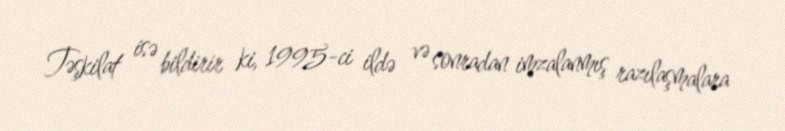
Təşkilat isə bildirir ki, 1995-ci ildə və sonradan imzalanmış razılaşmalara